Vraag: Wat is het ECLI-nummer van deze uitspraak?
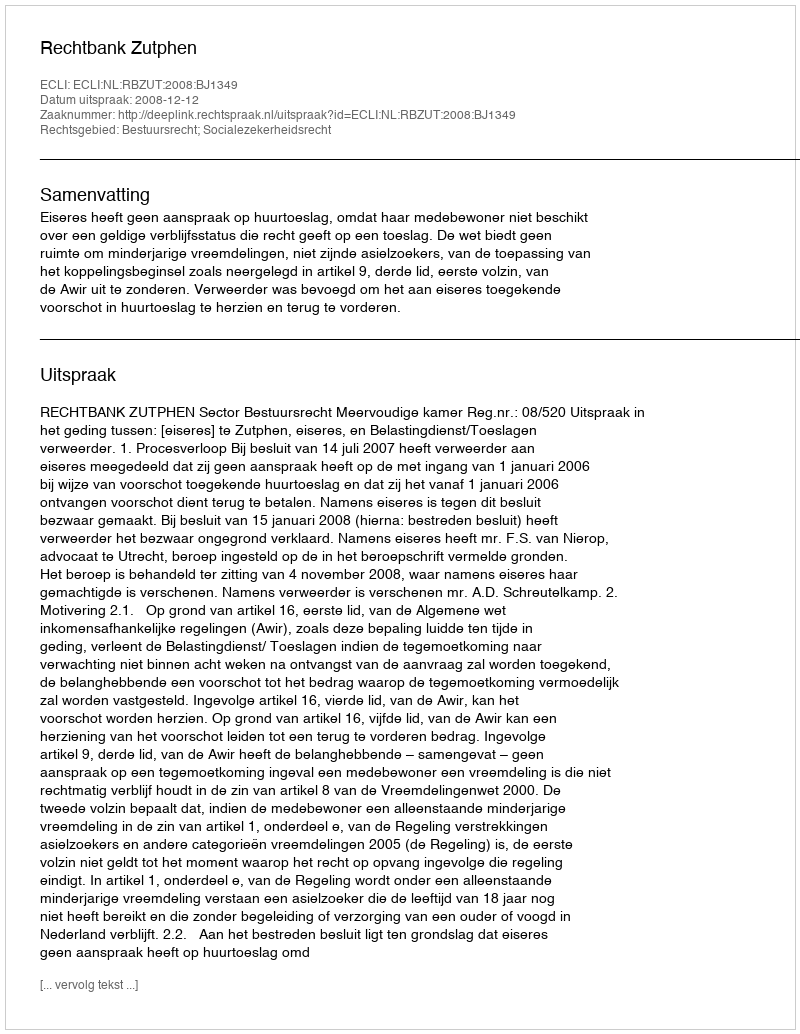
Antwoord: ECLI:NL:RBZUT:2008:BJ1349